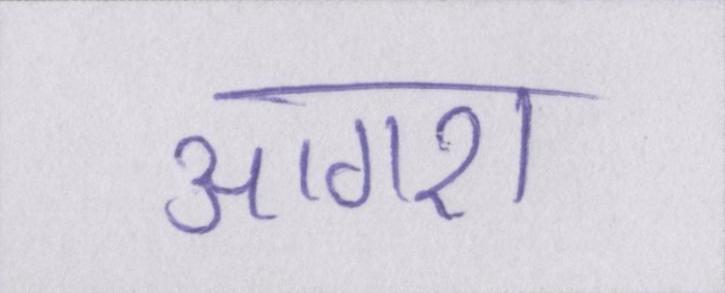
आगरा